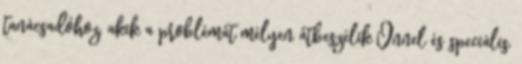
tanácsadóhoz, akik a problémát mélyen átbeszélik Önnel és speciális,